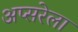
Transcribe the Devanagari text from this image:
अप्सरेला